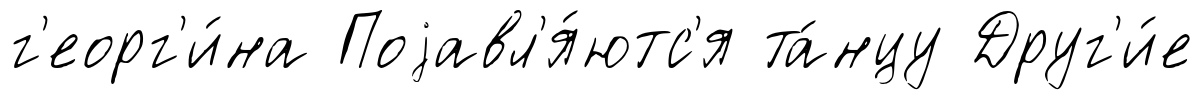
г'еорг'и́на Поjавл'я́ютс'я та́нцу Друг'и́е